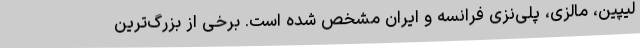
لیپین،‌ مالزی، پلی‌نزی فرانسه و ایران مشخص شده است. برخی از بزرگ‌ترین